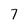
Character: 7